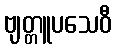
ဗျတ္တူပသေဝီ